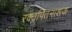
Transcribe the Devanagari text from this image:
रक्तपितनाशक